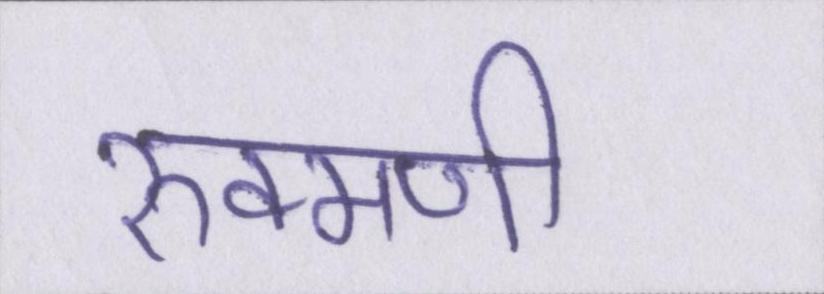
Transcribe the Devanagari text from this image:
रुक्मणी